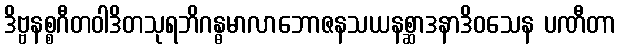
ဒိဗ္ဗနစ္စဂီတဝါဒိတသုရဘိဂန္ဓမာလာဘောဇနသယနစ္ဆာဒနာဒိဝသေန ပဏီတာ